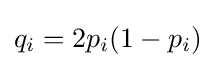
q_{i}=2p_{i}(1-p_{i})